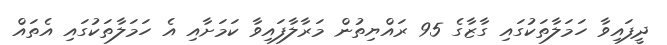
ދީފައިވާ ހަމަލާތަކުގައި ގާޒާގެ 95 ރައްޔިތުން މަރާލާފައިވާ ކަމަށާއި އެ ހަމަލާތަކުގައި އެތައް